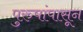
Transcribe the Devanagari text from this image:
पुरुषांपासून